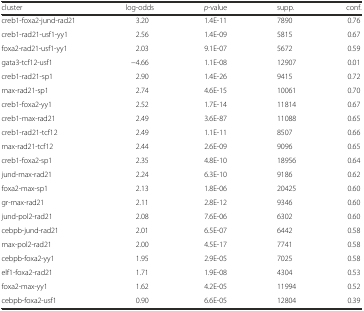
<table><thead><tr><td><b>cluster</b></td><td><b>log-odds</b></td><td><b><i>p</i>-value</b></td><td><b>supp.</b></td><td><b>conf.</b></td></tr></thead><tbody><tr><td>creb1-foxa2-jund-rad21</td><td>3.20</td><td>1.4E-11</td><td>7890</td><td>0.76</td></tr><tr><td>creb1-rad21-usf1-yy1</td><td>2.56</td><td>1.4E-09</td><td>5815</td><td>0.67</td></tr><tr><td>foxa2-rad21-usf1-yy1</td><td>2.03</td><td>9.1E-07</td><td>5672</td><td>0.59</td></tr><tr><td>gata3-tcf12-usf1</td><td>−4.66</td><td>1.1E-08</td><td>12907</td><td>0.01</td></tr><tr><td>creb1-rad21-sp1</td><td>2.90</td><td>1.4E-26</td><td>9415</td><td>0.72</td></tr><tr><td>max-rad21-sp1</td><td>2.74</td><td>4.6E-15</td><td>10061</td><td>0.70</td></tr><tr><td>creb1-foxa2-yy1</td><td>2.52</td><td>1.7E-14</td><td>11814</td><td>0.67</td></tr><tr><td>creb1-max-rad21</td><td>2.49</td><td>3.6E-87</td><td>11088</td><td>0.65</td></tr><tr><td>creb1-rad21-tcf12</td><td>2.49</td><td>1.1E-11</td><td>8507</td><td>0.66</td></tr><tr><td>max-rad21-tcf12</td><td>2.44</td><td>2.6E-09</td><td>9096</td><td>0.65</td></tr><tr><td>creb1-foxa2-sp1</td><td>2.35</td><td>4.8E-10</td><td>18956</td><td>0.64</td></tr><tr><td>jund-max-rad21</td><td>2.24</td><td>6.3E-10</td><td>9186</td><td>0.62</td></tr><tr><td>foxa2-max-sp1</td><td>2.13</td><td>1.8E-06</td><td>20425</td><td>0.60</td></tr><tr><td>gr-max-rad21</td><td>2.11</td><td>2.8E-12</td><td>9346</td><td>0.60</td></tr><tr><td>jund-pol2-rad21</td><td>2.08</td><td>7.6E-06</td><td>6302</td><td>0.60</td></tr><tr><td>cebpb-jund-rad21</td><td>2.01</td><td>6.5E-07</td><td>6442</td><td>0.58</td></tr><tr><td>max-pol2-rad21</td><td>2.00</td><td>4.5E-17</td><td>7741</td><td>0.58</td></tr><tr><td>cebpb-foxa2-yy1</td><td>1.95</td><td>2.9E-05</td><td>7025</td><td>0.58</td></tr><tr><td>elf1-foxa2-rad21</td><td>1.71</td><td>1.9E-08</td><td>4304</td><td>0.53</td></tr><tr><td>foxa2-max-yy1</td><td>1.62</td><td>4.2E-05</td><td>11994</td><td>0.52</td></tr><tr><td>cebpb-foxa2-usf1</td><td>0.90</td><td>6.6E-05</td><td>12804</td><td>0.39</td></tr></tbody></table>